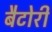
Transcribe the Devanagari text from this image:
बैटोरी